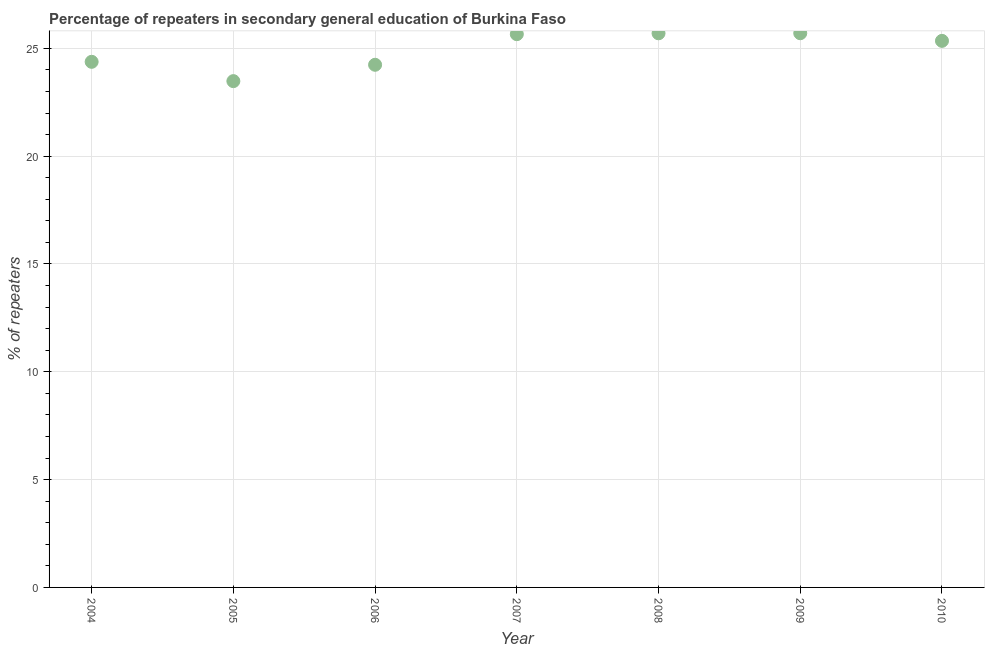
| Year | Percentage of repeaters |
 | --- | --- |
 | 2004 | 24.4 |
 | 2005 | 23.5 |
 | 2006 | 24.2 |
 | 2007 | 25.7 |
 | 2008 | 25.7 |
 | 2009 | 25.7 |
 | 2010 | 25.3 |